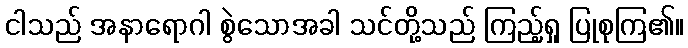
ငါသည် အနာရောဂါ စွဲသောအခါ သင်တို့သည် ကြည့်ရှု ပြုစုကြ၏။